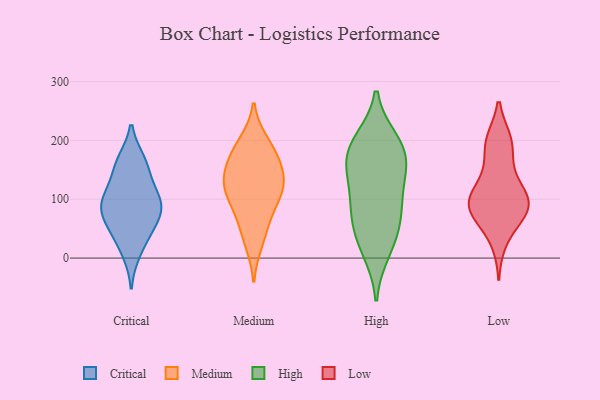
{"axis": {"x": "Headcount", "y": "Value"}, "legend": ["Critical", "High", "Low", "Medium"], "data": [{"x": "", "y": 10, "type": "Critical"}, {"x": "", "y": 38, "type": "Critical"}, {"x": "", "y": 146, "type": "Critical"}, {"x": "", "y": 65, "type": "Critical"}, {"x": "", "y": 97, "type": "Critical"}, {"x": "", "y": 164, "type": "Critical"}, {"x": "", "y": 107, "type": "Critical"}, {"x": "", "y": 89, "type": "Critical"}, {"x": "", "y": 54, "type": "Critical"}, {"x": "", "y": 162, "type": "Critical"}, {"x": "", "y": 98, "type": "Critical"}, {"x": "", "y": 83, "type": "Critical"}, {"x": "", "y": 121, "type": "Medium"}, {"x": "", "y": 161, "type": "Medium"}, {"x": "", "y": 84, "type": "Medium"}, {"x": "", "y": 52, "type": "Medium"}, {"x": "", "y": 128, "type": "Medium"}, {"x": "", "y": 120, "type": "Medium"}, {"x": "", "y": 27, "type": "Medium"}, {"x": "", "y": 196, "type": "Medium"}, {"x": "", "y": 136, "type": "Medium"}, {"x": "", "y": 98, "type": "Medium"}, {"x": "", "y": 187, "type": "Medium"}, {"x": "", "y": 167, "type": "Medium"}, {"x": "", "y": 12, "type": "High"}, {"x": "", "y": 197, "type": "High"}, {"x": "", "y": 162, "type": "High"}, {"x": "", "y": 30, "type": "High"}, {"x": "", "y": 163, "type": "High"}, {"x": "", "y": 75, "type": "High"}, {"x": "", "y": 180, "type": "High"}, {"x": "", "y": 199, "type": "High"}, {"x": "", "y": 57, "type": "High"}, {"x": "", "y": 110, "type": "High"}, {"x": "", "y": 142, "type": "High"}, {"x": "", "y": 88, "type": "High"}, {"x": "", "y": 80, "type": "Low"}, {"x": "", "y": 30, "type": "Low"}, {"x": "", "y": 82, "type": "Low"}, {"x": "", "y": 194, "type": "Low"}, {"x": "", "y": 108, "type": "Low"}, {"x": "", "y": 198, "type": "Low"}, {"x": "", "y": 81, "type": "Low"}, {"x": "", "y": 195, "type": "Low"}, {"x": "", "y": 118, "type": "Low"}, {"x": "", "y": 92, "type": "Low"}, {"x": "", "y": 77, "type": "Low"}, {"x": "", "y": 99, "type": "Low"}, {"x": "", "y": 146, "type": "Low"}]}